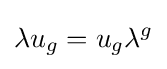
\lambda u_{g}=u_{g}\lambda ^{g}